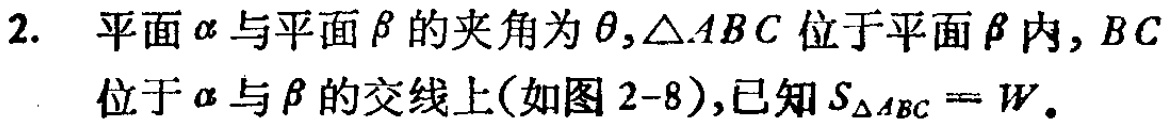
2. 平面\(\alpha\)与平面\(\beta\)的夹角为\(\theta,\triangle ABC\)位于平面\(\beta\)内，\(BC\)位于\(\alpha\)与\(\beta\)的交线上(如图2 - 8),已知\(S_{\triangle ABC}=W\)。